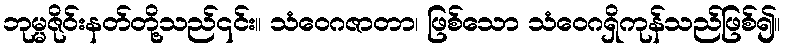
ဘုမ္မဇိုဝ်းနတ်တို့သည်၎င်း။ သံဝေဂဇာတာ၊ ဖြစ်သော သံဝေဂရှိကုန်သည်ဖြစ်၍။